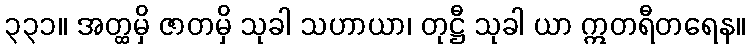
၃၃၁။ အတ္ထမှိ ဇာတမှိ သုခါ သဟာယာ၊ တုဋ္ဌီ သုခါ ယာ ဣတရီတရေန။